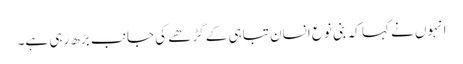
انہوں نے کہا کہ بنی نوع انسان تباہی کے گڑھے کی جانب بڑھ رہی ہے۔